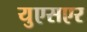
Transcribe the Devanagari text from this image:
युएसएर